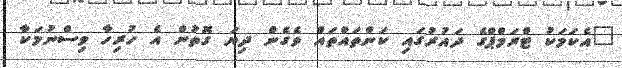
"އެކަމަކު ޓްރަމްޕްގެ ދައުރުގައި ކަންތައްތައް ވެގެން ދިޔަ ގޮތުން އެ ހުރިހާ ވިސްނުމަކާ